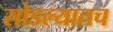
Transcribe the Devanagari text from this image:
सोडल्यातच